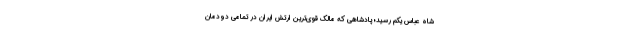
شاه عباس یکم رسید؛ پادشاهی که مالک قوی‌ترین ارتش ایران در تمامی دودمان